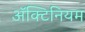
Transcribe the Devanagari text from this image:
अॅक्टिनियम